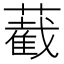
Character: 䕙